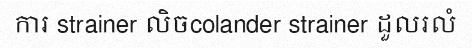
ការ strainer លិចcolander strainer ដួលរលំ